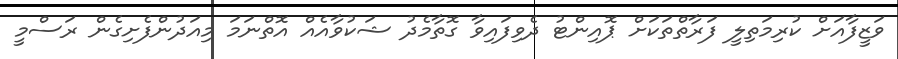
ވަޒީފާއަށް ކުރިމަތިލީ ފަރާތްތަކަށް ޕޮއިންޓު ދެވިފައިވާ ގޮތާމެދު ޝަކުވާއެއް އޮތްނަމަ މިއަދުންފެށިގެން ރަސްމީ